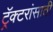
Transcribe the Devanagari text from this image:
ट्रॅक्टरांसाठी